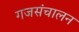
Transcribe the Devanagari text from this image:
गजसंचालन